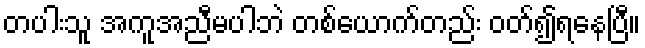
တပါးသူ အကူအညီမပါဘဲ တစ်ယောက်တည်း ဝတ်၍ရနေပြီ။